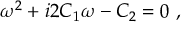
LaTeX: \omega ^ { 2 } + i 2 C _ { 1 } \omega - C _ { 2 } = 0 \ ,